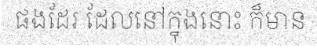
ផងដែរ ដែលនៅក្នុងនោះ ក៏មាន